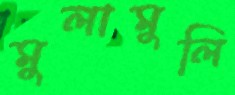
মুলামুলি